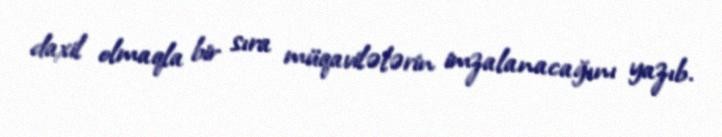
daxil olmaqla bir sıra müqavilələrin imzalanacağını yazıb.